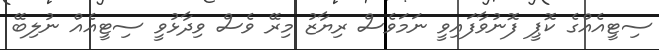
ސިޓީއެއްގެ ކޮޕީ ފޮނުވާފައިވީ ނަމަވެސް ރިޔާޒު މިރޭ ވެސް ވިދާޅުވީ ސިޓީއެއް ނުލިބޭ